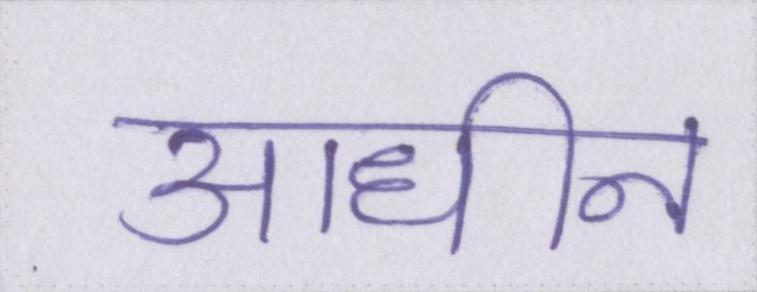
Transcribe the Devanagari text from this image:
आधीन